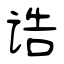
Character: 诰